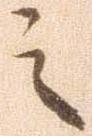
之